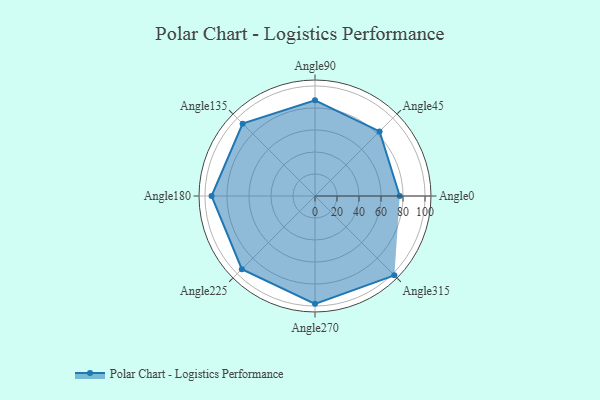
{"axis": {"x": "Angle", "y": "Radius"}, "legend": [""], "data": [{"x": "Angle0", "y": 77.0, "type": ""}, {"x": "Angle45", "y": 83.0, "type": ""}, {"x": "Angle90", "y": 87.0, "type": ""}, {"x": "Angle135", "y": 93.0, "type": ""}, {"x": "Angle180", "y": 94.0, "type": ""}, {"x": "Angle225", "y": 94.0, "type": ""}, {"x": "Angle270", "y": 98.0, "type": ""}, {"x": "Angle315", "y": 102.0, "type": ""}]}